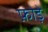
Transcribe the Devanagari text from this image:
फ़ोड़े